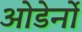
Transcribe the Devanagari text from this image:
ओडेर्नो